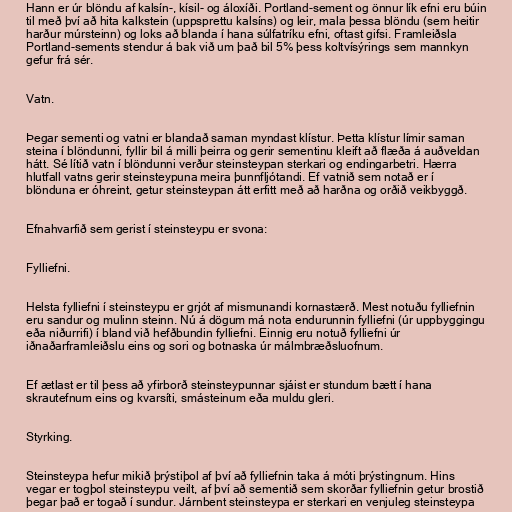
Hann er úr blöndu af kalsín-, kísil- og áloxíði. Portland-sement og önnur lík efni eru búin
til með því að hita kalkstein (uppsprettu kalsíns) og leir, mala þessa blöndu (sem heitir
harður múrsteinn) og loks að blanda í hana súlfatríku efni, oftast gifsi. Framleiðsla
Portland-sements stendur á bak við um það bil 5% þess koltvísýrings sem mannkyn
gefur frá sér.

Vatn.

Þegar sementi og vatni er blandað saman myndast klístur. Þetta klístur límir saman
steina í blöndunni, fyllir bil á milli þeirra og gerir sementinu kleift að flæða á auðveldan
hátt. Sé lítið vatn í blöndunni verður steinsteypan sterkari og endingarbetri. Hærra
hlutfall vatns gerir steinsteypuna meira þunnfljótandi. Ef vatnið sem notað er í
blönduna er óhreint, getur steinsteypan átt erfitt með að harðna og orðið veikbyggð.

Efnahvarfið sem gerist í steinsteypu er svona:

Fylliefni.

Helsta fylliefni í steinsteypu er grjót af mismunandi kornastærð. Mest notuðu fylliefnin
eru sandur og mulinn steinn. Nú á dögum má nota endurunnin fylliefni (úr uppbyggingu
eða niðurrifi) í bland við hefðbundin fylliefni. Einnig eru notuð fylliefni úr
iðnaðarframleiðslu eins og sori og botnaska úr málmbræðsluofnum.

Ef ætlast er til þess að yfirborð steinsteypunnar sjáist er stundum bætt í hana
skrautefnum eins og kvarsíti, smásteinum eða muldu gleri.

Styrking.

Steinsteypa hefur mikið þrýstiþol af því að fylliefnin taka á móti þrýstingnum. Hins
vegar er togþol steinsteypu veilt, af því að sementið sem skorðar fylliefnin getur brostið
þegar það er togað í sundur. Járnbent steinsteypa er sterkari en venjuleg steinsteypa